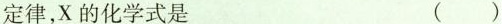
定律,X的化学式是